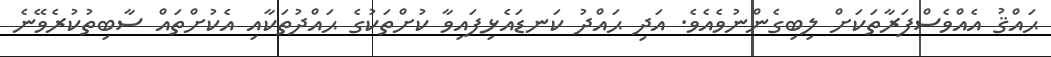
ޙައްޤު އެއްވެސްފަރާތަކަށް ލިބިގެންނުވެއެވެ. އަދި ޙައްދު ކަނޑައެޅިފައިވާ ކުށްތަކުގެ ޙައްދުތަކާއި އެކުށްތައް ސާބިތުކުރެވޭނެ